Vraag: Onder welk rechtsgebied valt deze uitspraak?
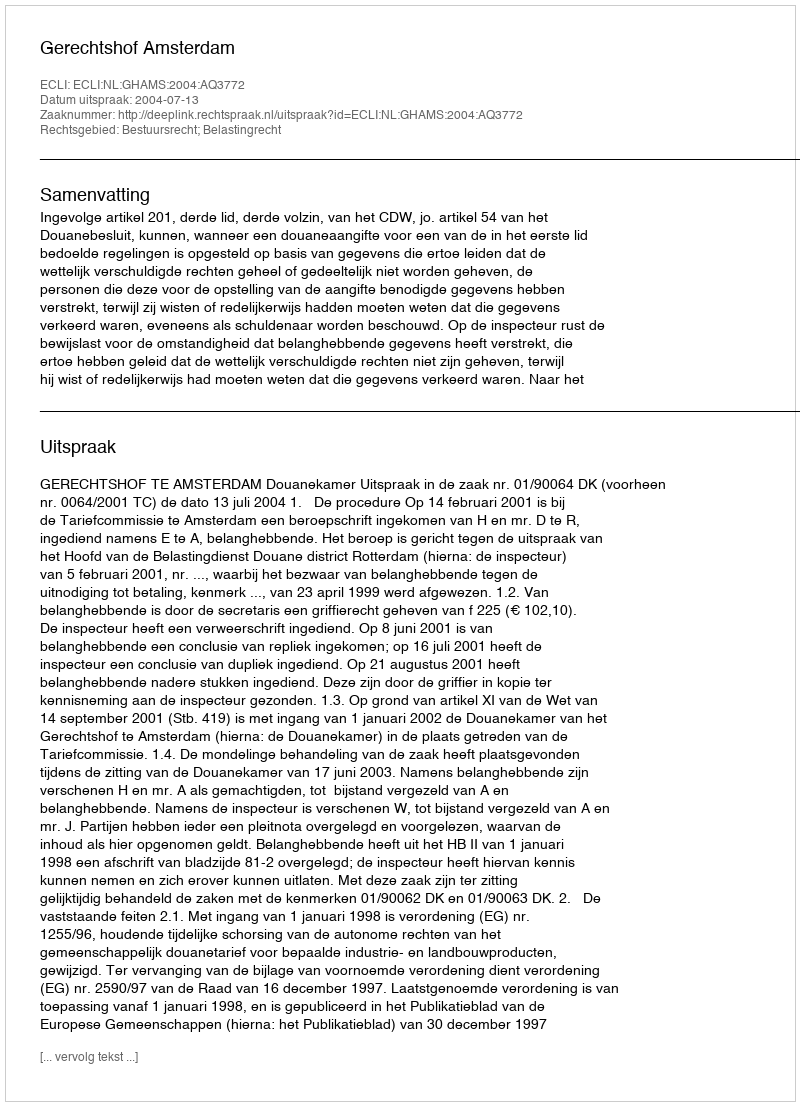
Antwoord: Bestuursrecht; Belastingrecht